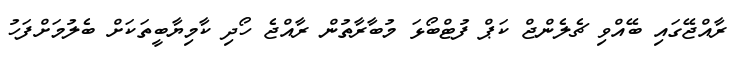
ރާއްޖޭގައި ބޭއްވި ޗެލެންޖް ކަޕް ފުޓްބޯޅަ މުބާރާތުން ރާއްޖެ ހޯދި ކާމިޔާބީތަކަށް ބެލުމަށްފަހު